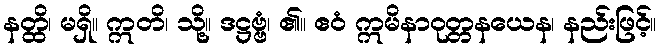
နတ္ထိ၊ မရှိ။ ဣတိ၊ သို့။ ဒဋ္ဌဗ္ဗံ၊ ၏။ ဧဝံ ဣမိနာဝုတ္တနယေန၊ နည်းဖြင့်။